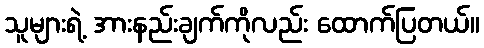
သူများရဲ့ အားနည်းချက်ကိုလည်း ထောက်ပြတယ်။